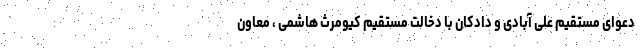
دعوای مستقیم علی آبادی و دادکان با دخالت مستقیم کیومرث هاشمی ، معاون